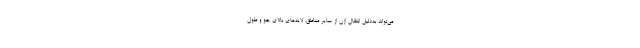
می‌تواند به‌دلیل انتقال ازن از سایر مناطق، لایه‌های بالای جو و طول